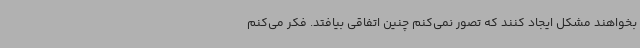
بخواهند مشکل ایجاد کنند که تصور نمی‌کنم چنین اتفاقی بیافتد. فکر می‌کنم